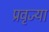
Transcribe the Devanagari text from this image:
प्रवृज्या